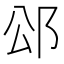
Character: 𮟭